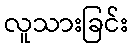
လူသားခြင်း